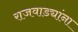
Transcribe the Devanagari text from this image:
राजवाड्यांना